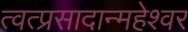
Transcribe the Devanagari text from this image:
त्वत्प्रसादान्महेश्वर